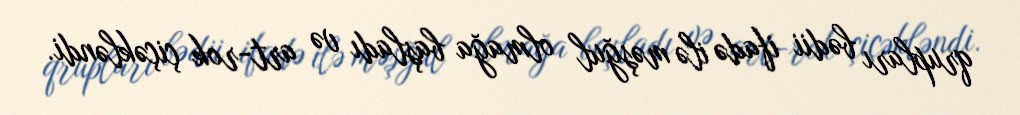
qrupları bədii ifadə ilə məşğul olmağa başladı və art-rok çiçəkləndi.